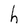
Character: h